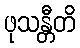
ဖုသန္တီတိ